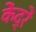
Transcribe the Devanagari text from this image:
केंद्रें